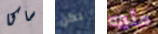
ساكا لكن مثيره